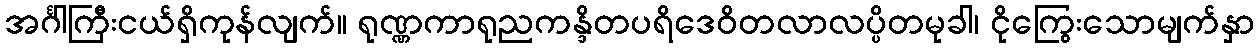
အင်္ဂါကြီးငယ်ရှိကုန်လျက်။ ရုဏ္ဏကာရုညကန္ဒိတပရိဒေဝိတလာလပ္ပိတမုခါ၊ ငိုကြွေးသောမျက်နှာ